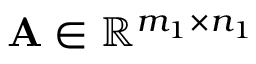
\mathbf { A } \in \mathbb { R } ^ { m _ { 1 } \times n _ { 1 } }